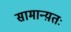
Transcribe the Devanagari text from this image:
सामान्य़तः